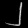
Digit: ၂